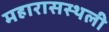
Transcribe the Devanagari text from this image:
महारासस्थली